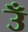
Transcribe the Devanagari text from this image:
उँ